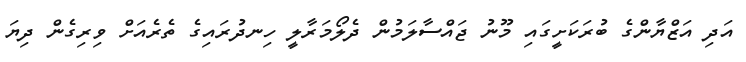
އަދި އަޒްޔާންގެ ބުރަކަށީގައި މޫނު ޖައްސާލަމުން ދެލޯމަރާލީ ހިނދުރައިގެ ތެރެއަށް ވިރިގެން ދިޔަ